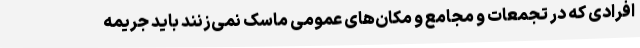
افرادی که در تجمعات و مجامع و مکان‌های عمومی ماسک نمی‌زنند باید جریمه